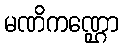
မဏိကဏ္ဌော